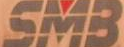
SMB